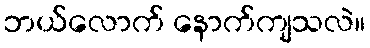
ဘယ်လောက် နောက်ကျသလဲ။